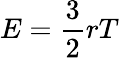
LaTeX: E={\frac{3}{2}}rT